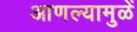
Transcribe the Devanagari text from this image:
आणल्यामुळें